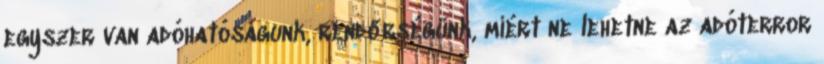
egyszer van adóhatóságunk, rendőrségünk, miért ne lehetne az adóterror